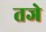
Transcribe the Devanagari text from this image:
तजे